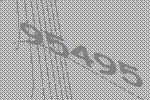
95495